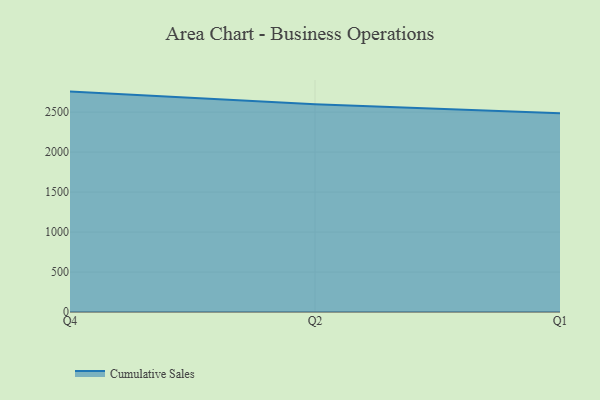
{"axis": {"x": "Quarter", "y": "Demand Index"}, "legend": ["Cumulative Sales"], "data": [{"x": "Q4", "y": 2757.0, "type": "Cumulative Sales"}, {"x": "Q2", "y": 2598.1, "type": "Cumulative Sales"}, {"x": "Q1", "y": 2486.5, "type": "Cumulative Sales"}]}